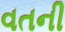
વતની